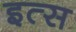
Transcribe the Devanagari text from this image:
इत्स